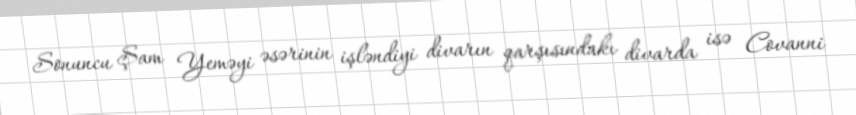
Sonuncu Şam Yeməyi əsərinin işləndiyi divarın qarşısındakı divarda isə Covanni